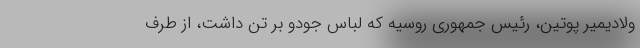
ولادیمیر پوتین، رئیس جمهوری روسیه که لباس جودو بر تن داشت، از طرف